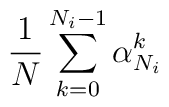
{1 \over N} \sum_{k=0}^{N_i -1} \alpha^k_{N_i}